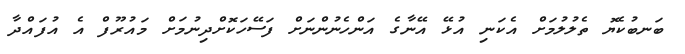
ބަނބުކެޔޮ ތެލުލުމަށް އެކަނި އުޅޭ އޭނާގެ އަންހެނުންނަށް ފަސޭހަކޮށްދިނުމަށް މައުރޫފް އެ އުފައްދާ